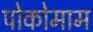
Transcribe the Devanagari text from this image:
पोकोमाम